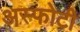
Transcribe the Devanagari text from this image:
अस्फोटी